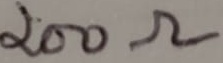
Text: 200Ω